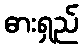
ဓားရှည်